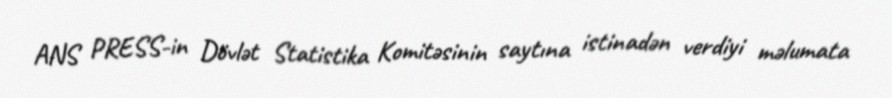
ANS PRESS-in Dövlət Statistika Komitəsinin saytına istinadən verdiyi məlumata